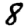
Digit: 8